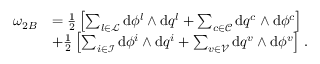
\begin{array} { r l } { \omega _ { 2 B } } & { = \frac { 1 } { 2 } \left[ \sum _ { l \in \mathcal { L } } \mathrm { d } \phi ^ { { l } } \wedge \mathrm { d } q ^ { l } + \sum _ { c \in \mathcal { C } } \mathrm { d } q ^ { c } \wedge \mathrm { d } \phi ^ { { c } } \right] } \\ & { + \frac { 1 } { 2 } \left[ \sum _ { i \in \mathcal { I } } \mathrm { d } \phi ^ { { i } } \wedge \mathrm { d } q ^ { i } + \sum _ { v \in \mathcal { V } } \mathrm { d } q ^ { v } \wedge \mathrm { d } \phi ^ { { v } } \right] \, . } \end{array}